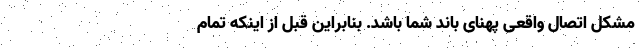
مشکل اتصال واقعی پهنای باند شما باشد. بنابراین قبل از اینکه تمام